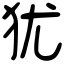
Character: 犹